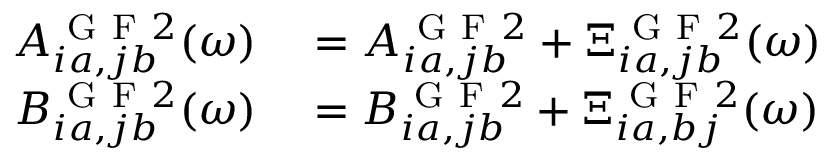
\begin{array} { r l } { A _ { i a , j b } ^ { \mathrm { ~ G ~ F ~ } 2 } ( \omega ) } & { { } = A _ { i a , j b } ^ { \mathrm { ~ G ~ F ~ } 2 } + \Xi _ { i a , j b } ^ { \mathrm { ~ G ~ F ~ } 2 } ( \omega ) } \\ { B _ { i a , j b } ^ { \mathrm { ~ G ~ F ~ } 2 } ( \omega ) } & { { } = B _ { i a , j b } ^ { \mathrm { ~ G ~ F ~ } 2 } + \Xi _ { i a , b j } ^ { \mathrm { ~ G ~ F ~ } 2 } ( \omega ) } \end{array}